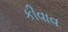
કીવાવ